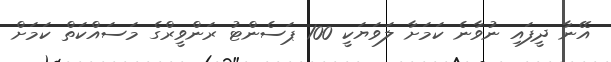
އޭނާ ދީފައި ނުވާނެ ކަމަށާ ލަވަޔަކީ 100 ޕަސެންޓު ރަންވީރްގެ މަސައްކަތް ކަމަށް